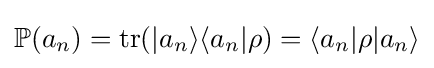
\mathbb {P} (a_{n})=\operatorname {tr} (|a_{n}\rangle \langle a_{n}|\rho )=\langle a_{n}|\rho |a_{n}\rangle